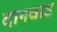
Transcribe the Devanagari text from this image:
दानवाड